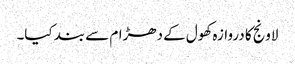
لاونج کا دروازہ کھول کے دھڑام سے بند کیا۔